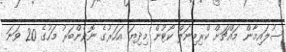
ސުލައިމާން މައްޗަށް ކްރިމިނަލް ކޯޓުން މިދިޔަ އަހަރުގެ ނޮވެންބަރު މަހުގެ 20 ވަނަ